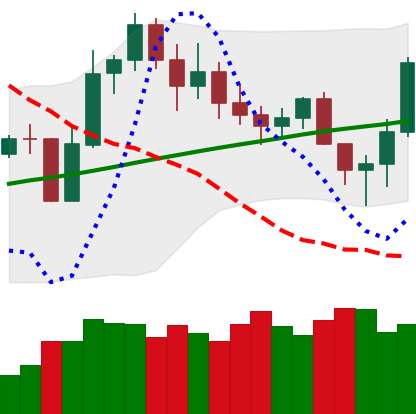
Ticker: LINK-USD
Chart end date: 2020-11-06
Forward return: 5.69%
Label: up_5_7